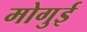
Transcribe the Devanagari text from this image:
मोगुई